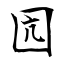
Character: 囥